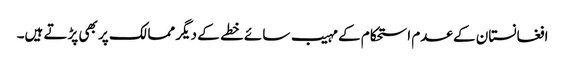
افغانستان کے عدم استحکام کے مہیب سائے خطے کے دیگر ممالک پر بھی پڑتے ہیں۔